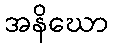
အနိဃော